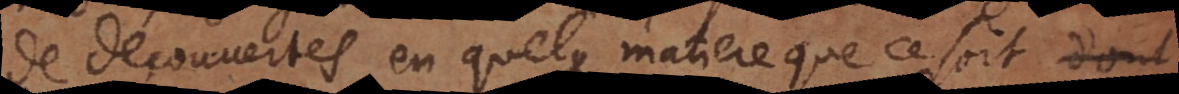
de découvertes en quelque matiere que ce soit et